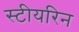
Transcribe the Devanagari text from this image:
स्टीयरिन